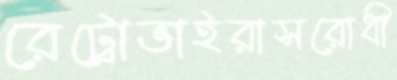
রেট্রোভাইরাসরোধী